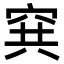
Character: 𥥡